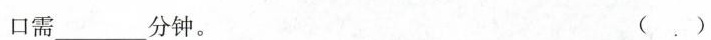
口需___分钟。 ()